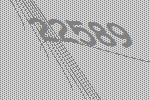
22589